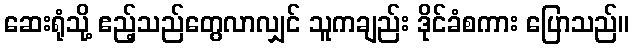
ဆေးရုံသို့ ဧည့်သည်တွေလာလျှင် သူကချည်း ဒိုင်ခံစကား ပြောသည်။